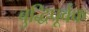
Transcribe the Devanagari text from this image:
बुद्धिपूर्वक